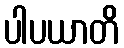
ပါပယာတိ